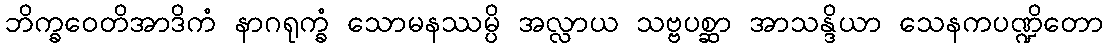
ဘိက္ခဝေတိအာဒိကံ နာဂရုက္ခံ သောမနဿမ္ပိ အလ္လာယ သဗ္ဗပစ္ဆာ အာသန္ဒိယာ သေနကပဏ္ဍိတော